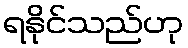
ရနိုင်သည်ဟု